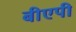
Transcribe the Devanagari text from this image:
बीएपी